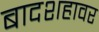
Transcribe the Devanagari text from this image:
बादशहावर